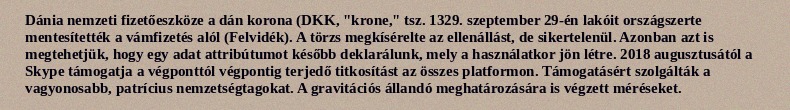
Dánia nemzeti fizetőeszköze a dán korona (DKK, "krone," tsz. 1329. szeptember 29-én lakóit országszerte mentesítették a vámfizetés alól (Felvidék). A törzs megkísérelte az ellenállást, de sikertelenül. Azonban azt is megtehetjük, hogy egy adat attribútumot később deklarálunk, mely a használatkor jön létre. 2018 augusztusától a Skype támogatja a végponttól végpontig terjedő titkosítást az összes platformon. Támogatásért szolgálták a vagyonosabb, patrícius nemzetségtagokat. A gravitációs állandó meghatározására is végzett méréseket.